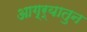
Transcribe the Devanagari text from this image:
आग्र्यातुन